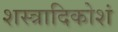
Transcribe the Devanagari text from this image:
शस्त्रादिकोशं